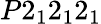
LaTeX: P2_{1}2_{1}2_{1}